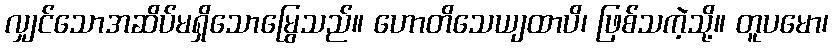
လျှင်သောအဆိပ်မရှိသောမြွေသည်။ ဟောတိသေယျထာပိ၊ ဖြစ်သကဲ့သို့။ တူပမော၊